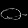
Digit: ၀